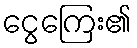
ငွေကြေး၏